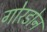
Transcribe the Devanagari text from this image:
गोरडोन